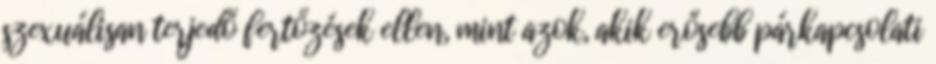
szexuálisan terjedő fertőzések ellen, mint azok, akik erősebb párkapcsolati